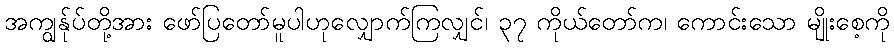
အကျွန်ုပ်တို့အား ဖော်ပြတော်မူပါဟုလျှောက်ကြလျှင်၊ ၃၇ ကိုယ်တော်က၊ ကောင်းသော မျိုးစေ့ကို